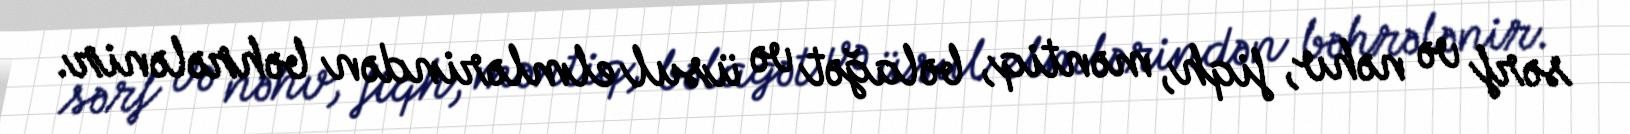
sərf və nəhv, fiqh, məntiq, bəlağət və üsul elmlərindən bəhrələnir.